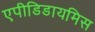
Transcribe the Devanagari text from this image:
एपीडिडायमिस